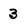
Character: 3